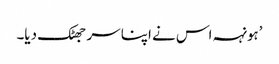
’ہونہہ اس نے اپنا سر جھٹک دیا۔